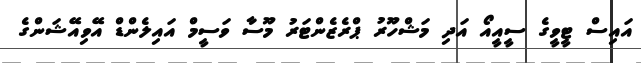
އައިސް ޓީވީގެ ސީއީއޯ އަދި މަޝްހޫރު ޕްރެޒެންޓަރު މޫސާ ވަސީމް އައިލެންޑް އޭވިއޭޝަންގެ